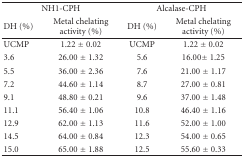
<table><thead><tr><td colspan="2"><b>NH1-CPH</b></td><td colspan="2"><b>Alcalase-CPH</b></td></tr><tr><td><b>DH (%)</b></td><td><b>Metal chelating activity (%)</b></td><td><b>DH (%)</b></td><td><b>Metal chelating activity (%)</b></td></tr></thead><tbody><tr><td>UCMP</td><td>1.22 ± 0.02</td><td>UCMP</td><td>1.22 ± 0.02</td></tr><tr><td>3.6</td><td>26.00 ± 1.32</td><td>5.6</td><td>16.00± 1.25</td></tr><tr><td>5.5</td><td>36.00 ± 2.36</td><td>7.6</td><td>21.00 ± 1.17</td></tr><tr><td>7.2</td><td>44.60 ± 1.14</td><td>8.7</td><td>27.00 ± 0.81</td></tr><tr><td>9.1</td><td>48.80 ± 0.21</td><td>9.6</td><td>37.00 ± 1.48</td></tr><tr><td>11.1</td><td>56.40 ± 1.06</td><td>10.8</td><td>46.40 ± 1.16</td></tr><tr><td>12.9</td><td>62.00 ± 1.13</td><td>11.6</td><td>52.00 ± 1.00</td></tr><tr><td>14.5</td><td>64.00 ± 0.84</td><td>12.3</td><td>54.00 ± 0.65</td></tr><tr><td>15.0</td><td>65.00 ± 1.88</td><td>12.5</td><td>55.60 ± 0.33</td></tr></tbody></table>